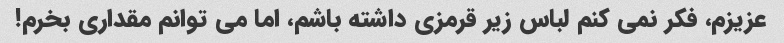
عزیزم، فکر نمی کنم لباس زیر قرمزی داشته باشم، اما می توانم مقداری بخرم!